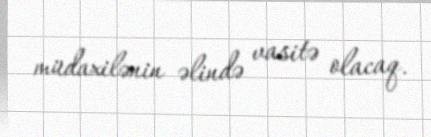
müdaxilənin əlində vasitə olacaq.